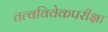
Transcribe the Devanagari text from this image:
तत्वविवेकपरीक्षा